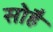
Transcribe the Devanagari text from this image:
सोहै